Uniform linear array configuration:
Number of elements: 4
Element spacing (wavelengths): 0.75
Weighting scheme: hann
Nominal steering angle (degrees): -60
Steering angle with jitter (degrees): -61.164
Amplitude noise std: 0.05
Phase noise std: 0.05

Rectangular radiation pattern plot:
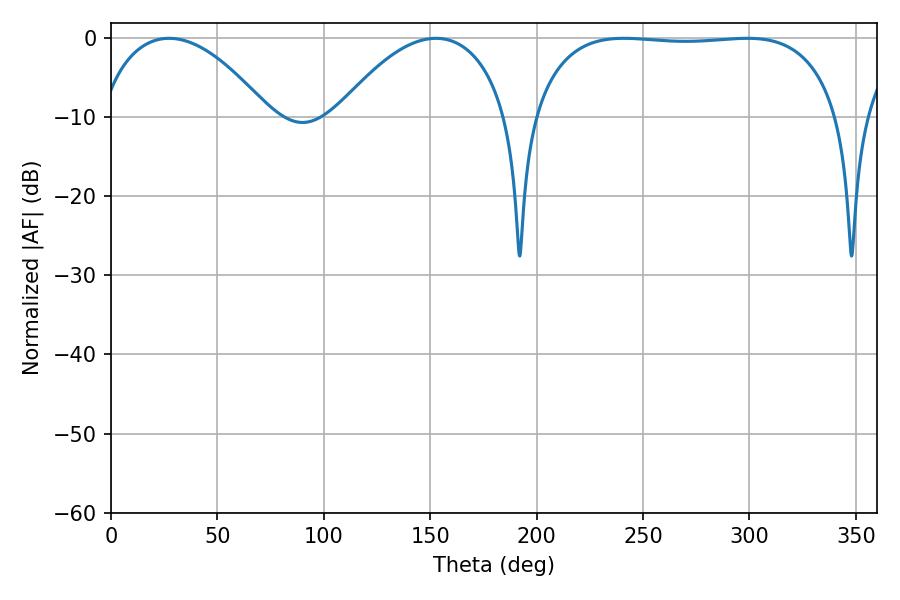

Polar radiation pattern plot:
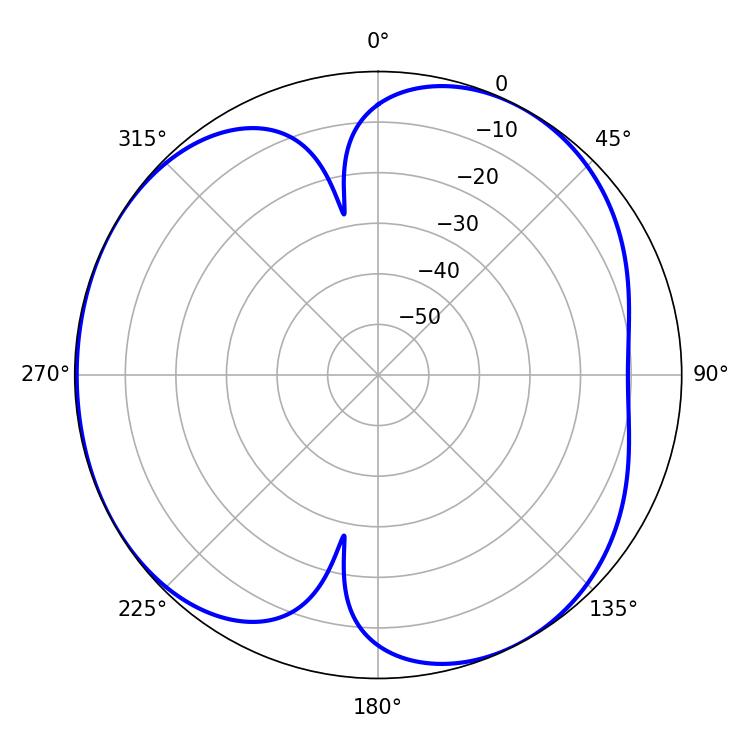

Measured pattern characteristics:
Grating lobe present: TRUE
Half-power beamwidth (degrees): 114.48
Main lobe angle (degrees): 241.02